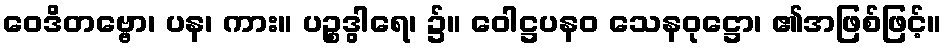
ဝေဒိတဗ္ဗော၊ ပန၊ ကား။ ပဉ္စဒွါရေ၊ ၌။ ဝေါဋ္ဌပနဝ သေနဝုဋ္ဌော၊ ၏အဖြစ်ဖြင့်။